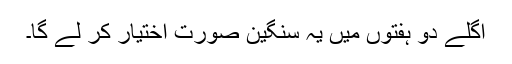
اگلے دو ہفتوں میں یہ سنگین صورت اختیار کر لے گا۔